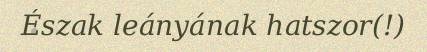
Észak leányának hatszor(!)